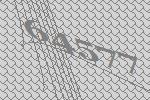
64577